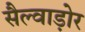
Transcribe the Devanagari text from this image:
सैल्वाड़ोर